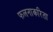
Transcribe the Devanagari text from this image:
फलनाकरिता